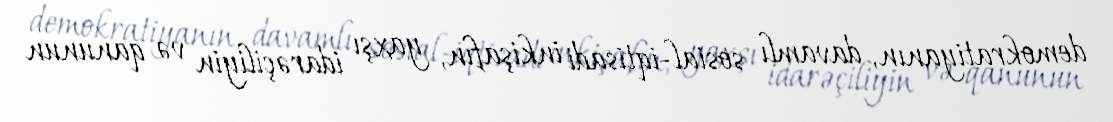
demokratiyanın, davamlı sosial-iqtisadi inkişafın, yaxşı idarəçiliyin və qanunun